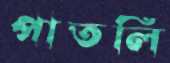
পাতলি